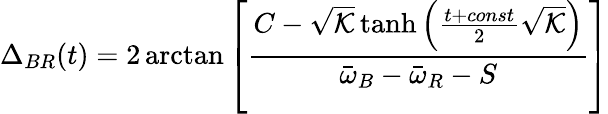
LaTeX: \Delta_{BR}(t)=2\arctan\left[\frac{C-\sqrt{\mathcal{K}}\operatorname{tanh}\left(\frac{t+const}{2}\sqrt{\mathcal{K}}\right)}{\bar{\omega}_{B}-\bar{\omega}_{R}-S}\right]